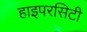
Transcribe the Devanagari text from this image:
हाइपरसिटी